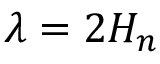
\lambda = 2 H _ { n }